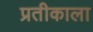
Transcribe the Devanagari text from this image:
प्रतीकाला